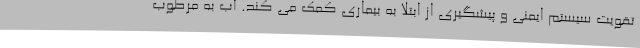
تقویت سیستم ایمنی و پیشگیری از ابتلا به بیماری کمک می کند. آب به مرطوب